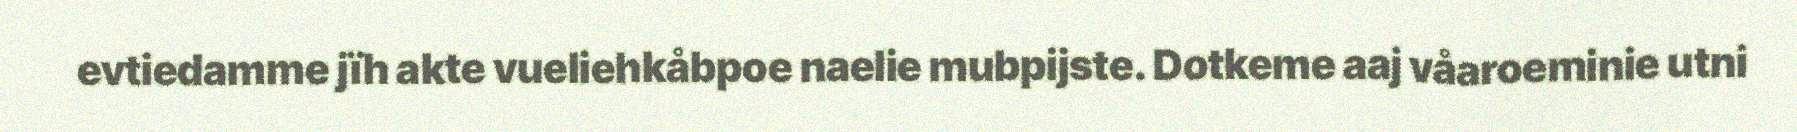
evtiedamme jïh akte vueliehkåbpoe naelie mubpijste. Dotkeme aaj våaroeminie utni